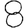
Digit: 8